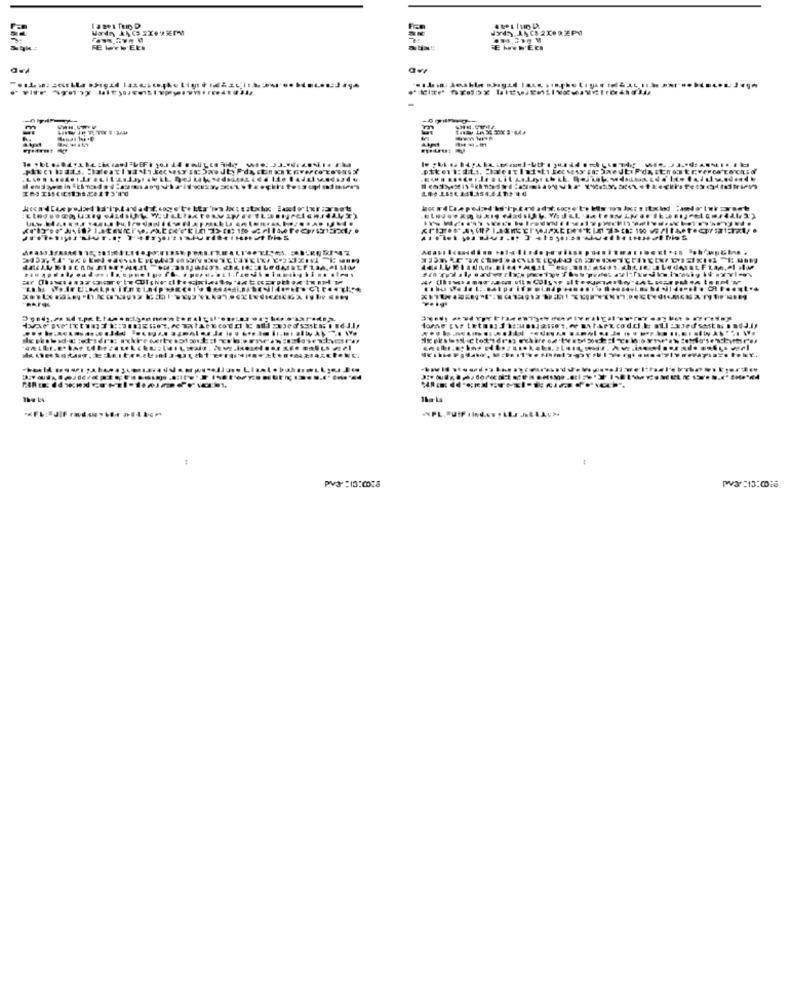
FE WY W'EEs
EINECS
PS :13:016
Pv3 :13:00:8